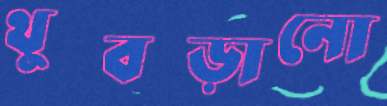
থুবড়ানো